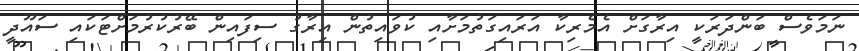
ނަމަވެސް ބަންދަރަކީ އިރާގަށް އެމެރިކާ އަރައިގަތުމަށާއި ކުވައިތުން އިރާގު ސިފައިން ބޭރުކުރުމަށްޓަކައި ސައޫދީ